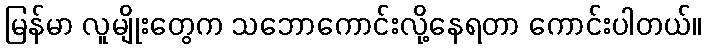
မြန်မာ လူမျိုးတွေက သဘောကောင်းလို့နေရတာ ကောင်းပါတယ်။